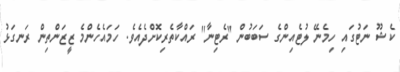
ކެޝޫ ނަޓުގައި ހިމެނޭ ލުޓެއިންގެ ސަބަބުން ''ރެޓިނާ'' ރައްކާތެރިކޮށްދެއެވެ. ހަމައެހެންމެ ޒީޒަންތިން ރަނގަޅު